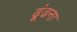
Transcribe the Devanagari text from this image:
ढ़ूंढना